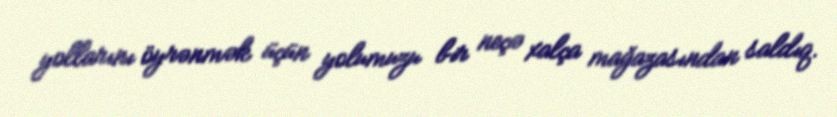
yollarını öyrənmək üçün yolumuzu bir neçə xalça mağazasından saldıq.